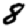
Digit: 8